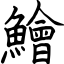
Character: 鱠